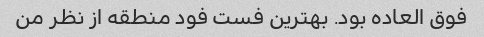
فوق العاده بود. بهترین فست فود منطقه از نظر من